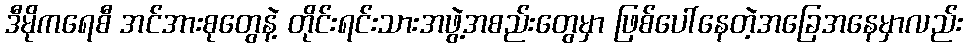
ဒီမိုကရေစီ အင်အားစုတွေနဲ့ တိုင်းရင်းသားအဖွဲ့အစည်းတွေမှာ ဖြစ်ပေါ်နေတဲ့အခြေအနေမှာလည်း